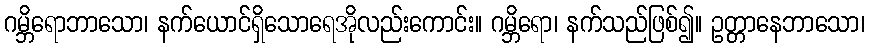
ဂမ္ဘိရောဘာသော၊ နက်ယောင်ရှိသောရေအိုလည်းကောင်း။ ဂမ္ဘိရော၊ နက်သည်ဖြစ်၍။ ဥတ္တာနေဘာသော၊